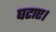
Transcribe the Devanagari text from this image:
घटाए।